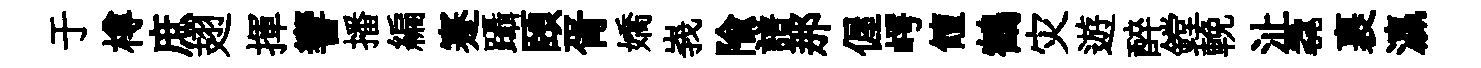
于樽庶翅揮響播編蹇躡頤胥嬌峩隃譜那偓崿饘鶴灾遊醉鏜輓沚毳裹瀛